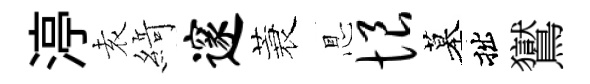
渟𡊮𦂶邃蓑㤙恨墓拙鸑